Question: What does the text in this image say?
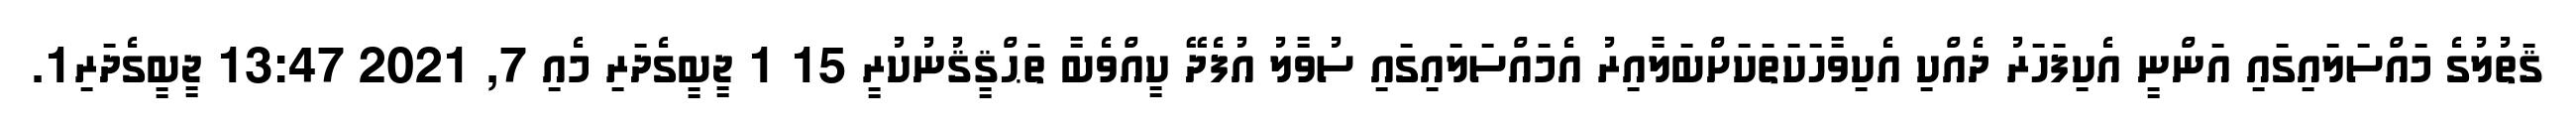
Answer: ޤަތުލުގެ މައްސަލައިގައި އަންނީ އެކިފަހަރު ދެއްކި އެކިވާހަކަތަކަށްބަލާއިރު އެމައްސަލައިގައި ސުވާލު އުފެދޭ ކީއްވެބާ ތަޙްޤީޤުނުކުރީ 15 1 ޖީބީގެދަރި މެއި 7, 2021 13:47 ޖީބީގެދަރި1.